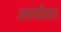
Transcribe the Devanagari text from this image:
आर्यमा